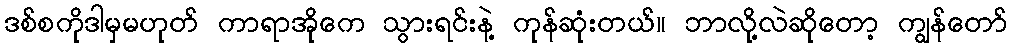
ဒစ်စကိုဒါမှမဟုတ် ကာရာအိုကေ သွားရင်းနဲ့ ကုန်ဆုံးတယ်။ ဘာလို့လဲဆိုတော့ ကျွန်တော်